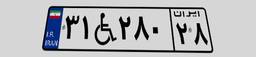
۱۱W۰۸۵۸۸